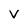
Character: v